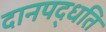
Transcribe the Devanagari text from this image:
दानपद्धति